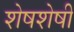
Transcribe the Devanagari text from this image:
शेषशेषी